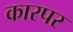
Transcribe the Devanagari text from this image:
कारपर